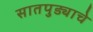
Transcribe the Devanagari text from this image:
सातपुड्याचे